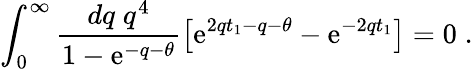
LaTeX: \int_{0}^{\infty}\frac{dq\; q^{4}}{1-\mathrm{e}^{-q-\theta}}\left[\mathrm{e}^{2qt_{1}-q-\theta}-\mathrm{e}^{-2qt_{1}}\right]=0\; .